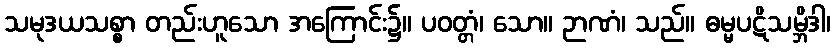
သမုဒယသစ္စာ တည်းဟူသော အကြောင်း၌။ ပဝတ္တံ၊ သော။ ဉာဏံ၊ သည်။ ဓမ္မပဋိသမ္ဘိဒါ၊